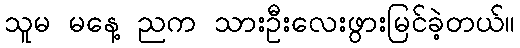
သူမ မနေ့ ညက သားဦးလေးဖွားမြင်ခဲ့တယ်။